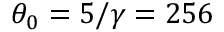
\theta _ { 0 } = 5 / \gamma = 2 5 6